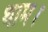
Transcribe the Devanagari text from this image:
थाम।